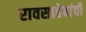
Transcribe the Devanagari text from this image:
रावसाहेबांचीं